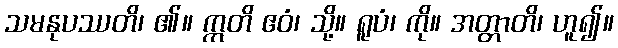
သမနုပဿတိ၊ ၏။ ဣတိ ဧဝံ၊ သို့။ ရူပံ၊ ကို။ အတ္တာတိ၊ ဟူ၍။